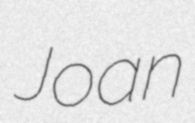
Joan